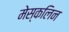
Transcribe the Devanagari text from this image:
मेस्कलिन